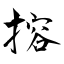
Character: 搈